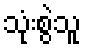
သုံးစွဲသူ